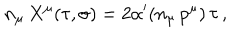
LaTeX: n _ { \mu } \, X ^ { \mu } ( \tau , \sigma ) = 2 \alpha ^ { \prime } ( n _ { \mu } \, p ^ { \mu } ) \, \tau \, ,